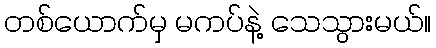
တစ်ယောက်မှ မကပ်နဲ့ သေသွားမယ်။